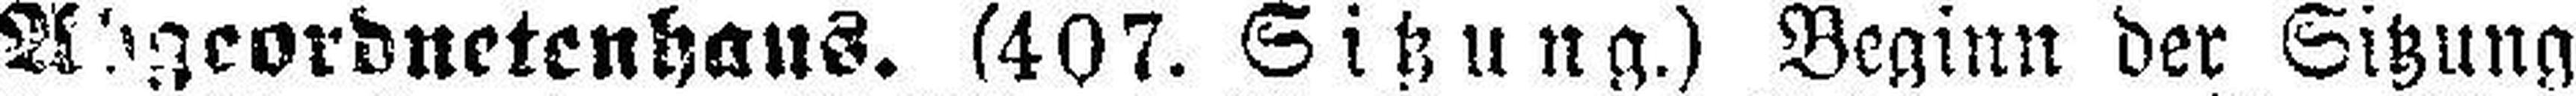
Abgeordnetenhaus. (407. Sitzung.) Beginn der Sitzung